Calcutta medical institutions reports 1879-81 [i.e.91]
Year: 1879
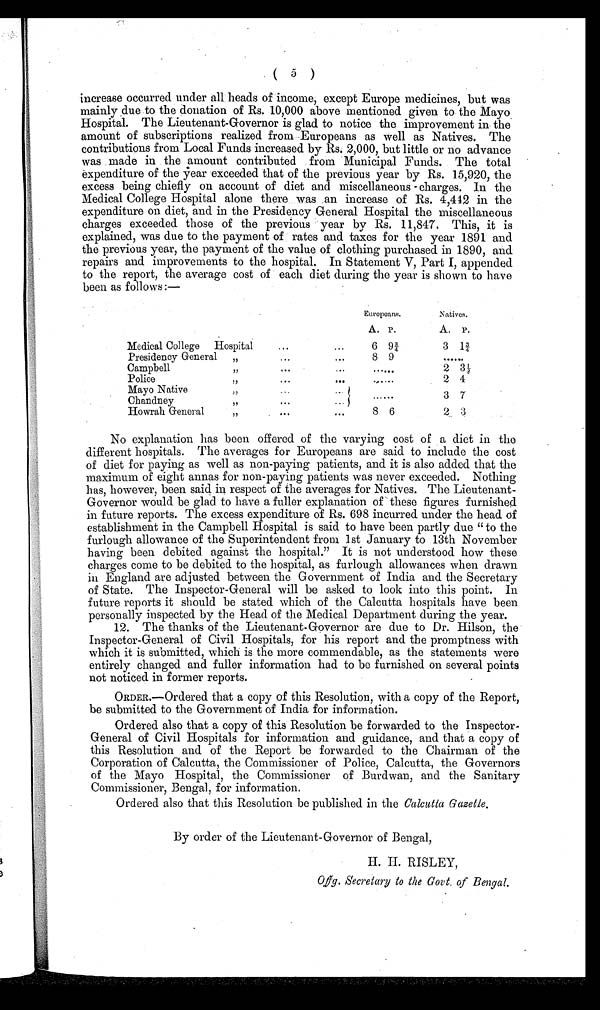
( 5 )
increase occurred under all heads of income, except Europe medicines, but was
mainly due to the donation of Rs. 10,000 above mentioned given to the Mayo
Hospital. The Lieutenant-Governor is glad to notice the improvement in the
amount of subscriptions realized from Europeans as well as Natives. The
contributions from Local Funds increased by Rs. 2,000, but little or no advance
was made in the amount contributed from Municipal Funds. The total
expenditure of the year exceeded that of the previous year by Rs. 15,920, the
excess being chiefly on account of diet and miscellaneous charges. In the
Medical College Hospital alone there was an increase of Rs. 4,442 in the
expenditure on diet, and in the Presidency General Hospital the miscellaneous
charges exceeded those of the previous year by Rs. 11,847. This, it is
explained, was due to the payment of rates and taxes for the year 1891 and
the previous year, the payment of the value of clothing purchased in 1890, and
repairs and improvements to the hospital. In Statement V, Part I, appended
to the report, the average cost of each diet during the year is shown to have
been as follows:—
Europeans.
Natives.
A. P.
A. P.
Medical College Hospital
. . .
. . .
6 9 ¾
3 1¾
Presidency General
, ,
. . .
. . .
8 9
......
Campbell
,,
. . .
. . .
. . . . . .
2 3 ½
Police
,,
. . .
. . .
. . . . . .
2 4
Mayo Native
, ,
. . .
. . .
. . . . . .
3 7
Chandney
, ,
. . .
. . .
Howrah General
, ,
. . .
. . .
8 6
2 3
No explanation has been offered of the varying cost of a diet in the
different hospitals. The averages for Europeans are said to include the cost
of diet for paying as well as non-paying patients, and it is also added that the
maximum of eight annas for non-paying patients was never exceeded. Nothing
has, however, been said in respect of the averages for Natives. The Lieutenant-
Governor would be glad to have a fuller explanation of these figures furnished
in future reports. The excess expenditure of Rs. 698 incurred under the head of
establishment in the Campbell Hospital is said to have been partly due "to the
furlough allowance of the Superintendent from 1st January to 13th November
having been debited against the hospital." It is not understood how these
charges come to be debited to the hospital, as furlough allowances when drawn
in England are adjusted between the Government of India and the Secretary
of State. The Inspector-General will be asked to look into this point. In
future reports it should be stated which of the Calcutta hospitals have been
personally inspected by the Head of the Medical Department during the year.
12. The thanks of the Lieutenant-Governor are due to Dr. Hilson, the
Inspector-General of Civil Hospitals, for his report and the promptness with
which it is submitted, which is the more commendable, as the statements were
entirely changed and fuller information had to be furnished on several points
not noticed in former reports.
ORDER.—Ordered that a copy of this Resolution, with a copy of the Report,
be submitted to the Government of India for information.
Ordered also that a copy of this Resolution be forwarded to the Inspector-
General of Civil Hospitals for information and guidance, and that a copy of
this Resolution and of the Report be forwarded to the Chairman of the
Corporation of Calcutta, the Commissioner of Police, Calcutta, the Governors
of the Mayo Hospital, the Commissioner of Burdwan, and the Sanitary
Commissioner, Bengal, for information.
Ordered also that this Resolution be published in the Calcutta Gazette.
By order of the Lieutenant-Governor of Bengal,
H. H. RISLEY
,
Offg. Secretary to the Govt. of Bengal.